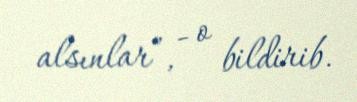
alsınlar”, - o bildirib.